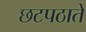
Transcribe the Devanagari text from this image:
छटपठाते